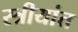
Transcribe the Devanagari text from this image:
स्त्रीयांत